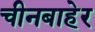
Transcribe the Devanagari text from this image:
चीनबाहेर